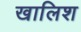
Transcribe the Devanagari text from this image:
खालिश